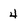
Character: 4